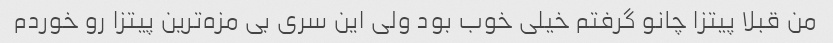
من قبلا پیتزا چانو گرفتم خیلی خوب بود ولی این سری بی مزه‌ترین پیتزا رو خوردم